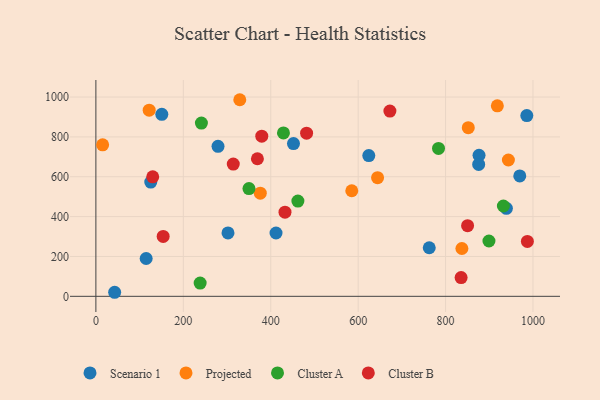
{"axis": {"x": "Study Hours", "y": "Yield"}, "legend": ["Cluster A", "Cluster B", "Projected", "Scenario 1"], "data": [{"x": "876.5", "y": 708.0, "type": "Scenario 1"}, {"x": "762.6", "y": 243.7, "type": "Scenario 1"}, {"x": "42.9", "y": 20.3, "type": "Scenario 1"}, {"x": "985.8", "y": 907.1, "type": "Scenario 1"}, {"x": "412.1", "y": 317.7, "type": "Scenario 1"}, {"x": "115.0", "y": 189.9, "type": "Scenario 1"}, {"x": "452.0", "y": 766.7, "type": "Scenario 1"}, {"x": "939.1", "y": 441.7, "type": "Scenario 1"}, {"x": "875.7", "y": 662.0, "type": "Scenario 1"}, {"x": "969.7", "y": 604.0, "type": "Scenario 1"}, {"x": "624.3", "y": 706.1, "type": "Scenario 1"}, {"x": "302.2", "y": 318.1, "type": "Scenario 1"}, {"x": "279.4", "y": 752.5, "type": "Scenario 1"}, {"x": "150.8", "y": 913.3, "type": "Scenario 1"}, {"x": "125.5", "y": 573.4, "type": "Scenario 1"}, {"x": "585.4", "y": 529.7, "type": "Projected"}, {"x": "376.1", "y": 517.5, "type": "Projected"}, {"x": "15.4", "y": 760.1, "type": "Projected"}, {"x": "837.3", "y": 239.9, "type": "Projected"}, {"x": "918.4", "y": 956.1, "type": "Projected"}, {"x": "329.2", "y": 986.6, "type": "Projected"}, {"x": "943.7", "y": 684.2, "type": "Projected"}, {"x": "644.4", "y": 595.6, "type": "Projected"}, {"x": "121.9", "y": 934.4, "type": "Projected"}, {"x": "851.9", "y": 846.3, "type": "Projected"}, {"x": "238.5", "y": 66.6, "type": "Cluster A"}, {"x": "462.1", "y": 477.8, "type": "Cluster A"}, {"x": "932.2", "y": 453.3, "type": "Cluster A"}, {"x": "429.1", "y": 819.9, "type": "Cluster A"}, {"x": "783.8", "y": 742.0, "type": "Cluster A"}, {"x": "241.4", "y": 869.2, "type": "Cluster A"}, {"x": "899.2", "y": 277.6, "type": "Cluster A"}, {"x": "350.2", "y": 540.7, "type": "Cluster A"}, {"x": "835.5", "y": 93.9, "type": "Cluster B"}, {"x": "153.9", "y": 300.5, "type": "Cluster B"}, {"x": "850.3", "y": 354.5, "type": "Cluster B"}, {"x": "314.3", "y": 663.7, "type": "Cluster B"}, {"x": "130.0", "y": 599.5, "type": "Cluster B"}, {"x": "672.6", "y": 929.6, "type": "Cluster B"}, {"x": "482.0", "y": 818.8, "type": "Cluster B"}, {"x": "379.5", "y": 803.7, "type": "Cluster B"}, {"x": "987.1", "y": 275.4, "type": "Cluster B"}, {"x": "369.5", "y": 690.4, "type": "Cluster B"}, {"x": "432.6", "y": 422.2, "type": "Cluster B"}]}